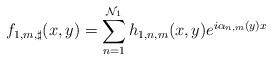
LaTeX: \begin{align*}f_{1,m,\sharp}(x,y)=\sum_{n=1}^{\mathcal{N}_1}h_{1,n,m}(x,y)e^{i\alpha_{n,m}(y)x}\end{align*}